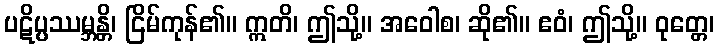
ပဋိပ္ပဿမ္ဘန္တိ၊ ငြိမ်ကုန်၏။ ဣတိ၊ ဤသို့။ အဝေါစ၊ ဆို၏။ ဧဝံ၊ ဤသို့။ ဝုတ္တေ၊